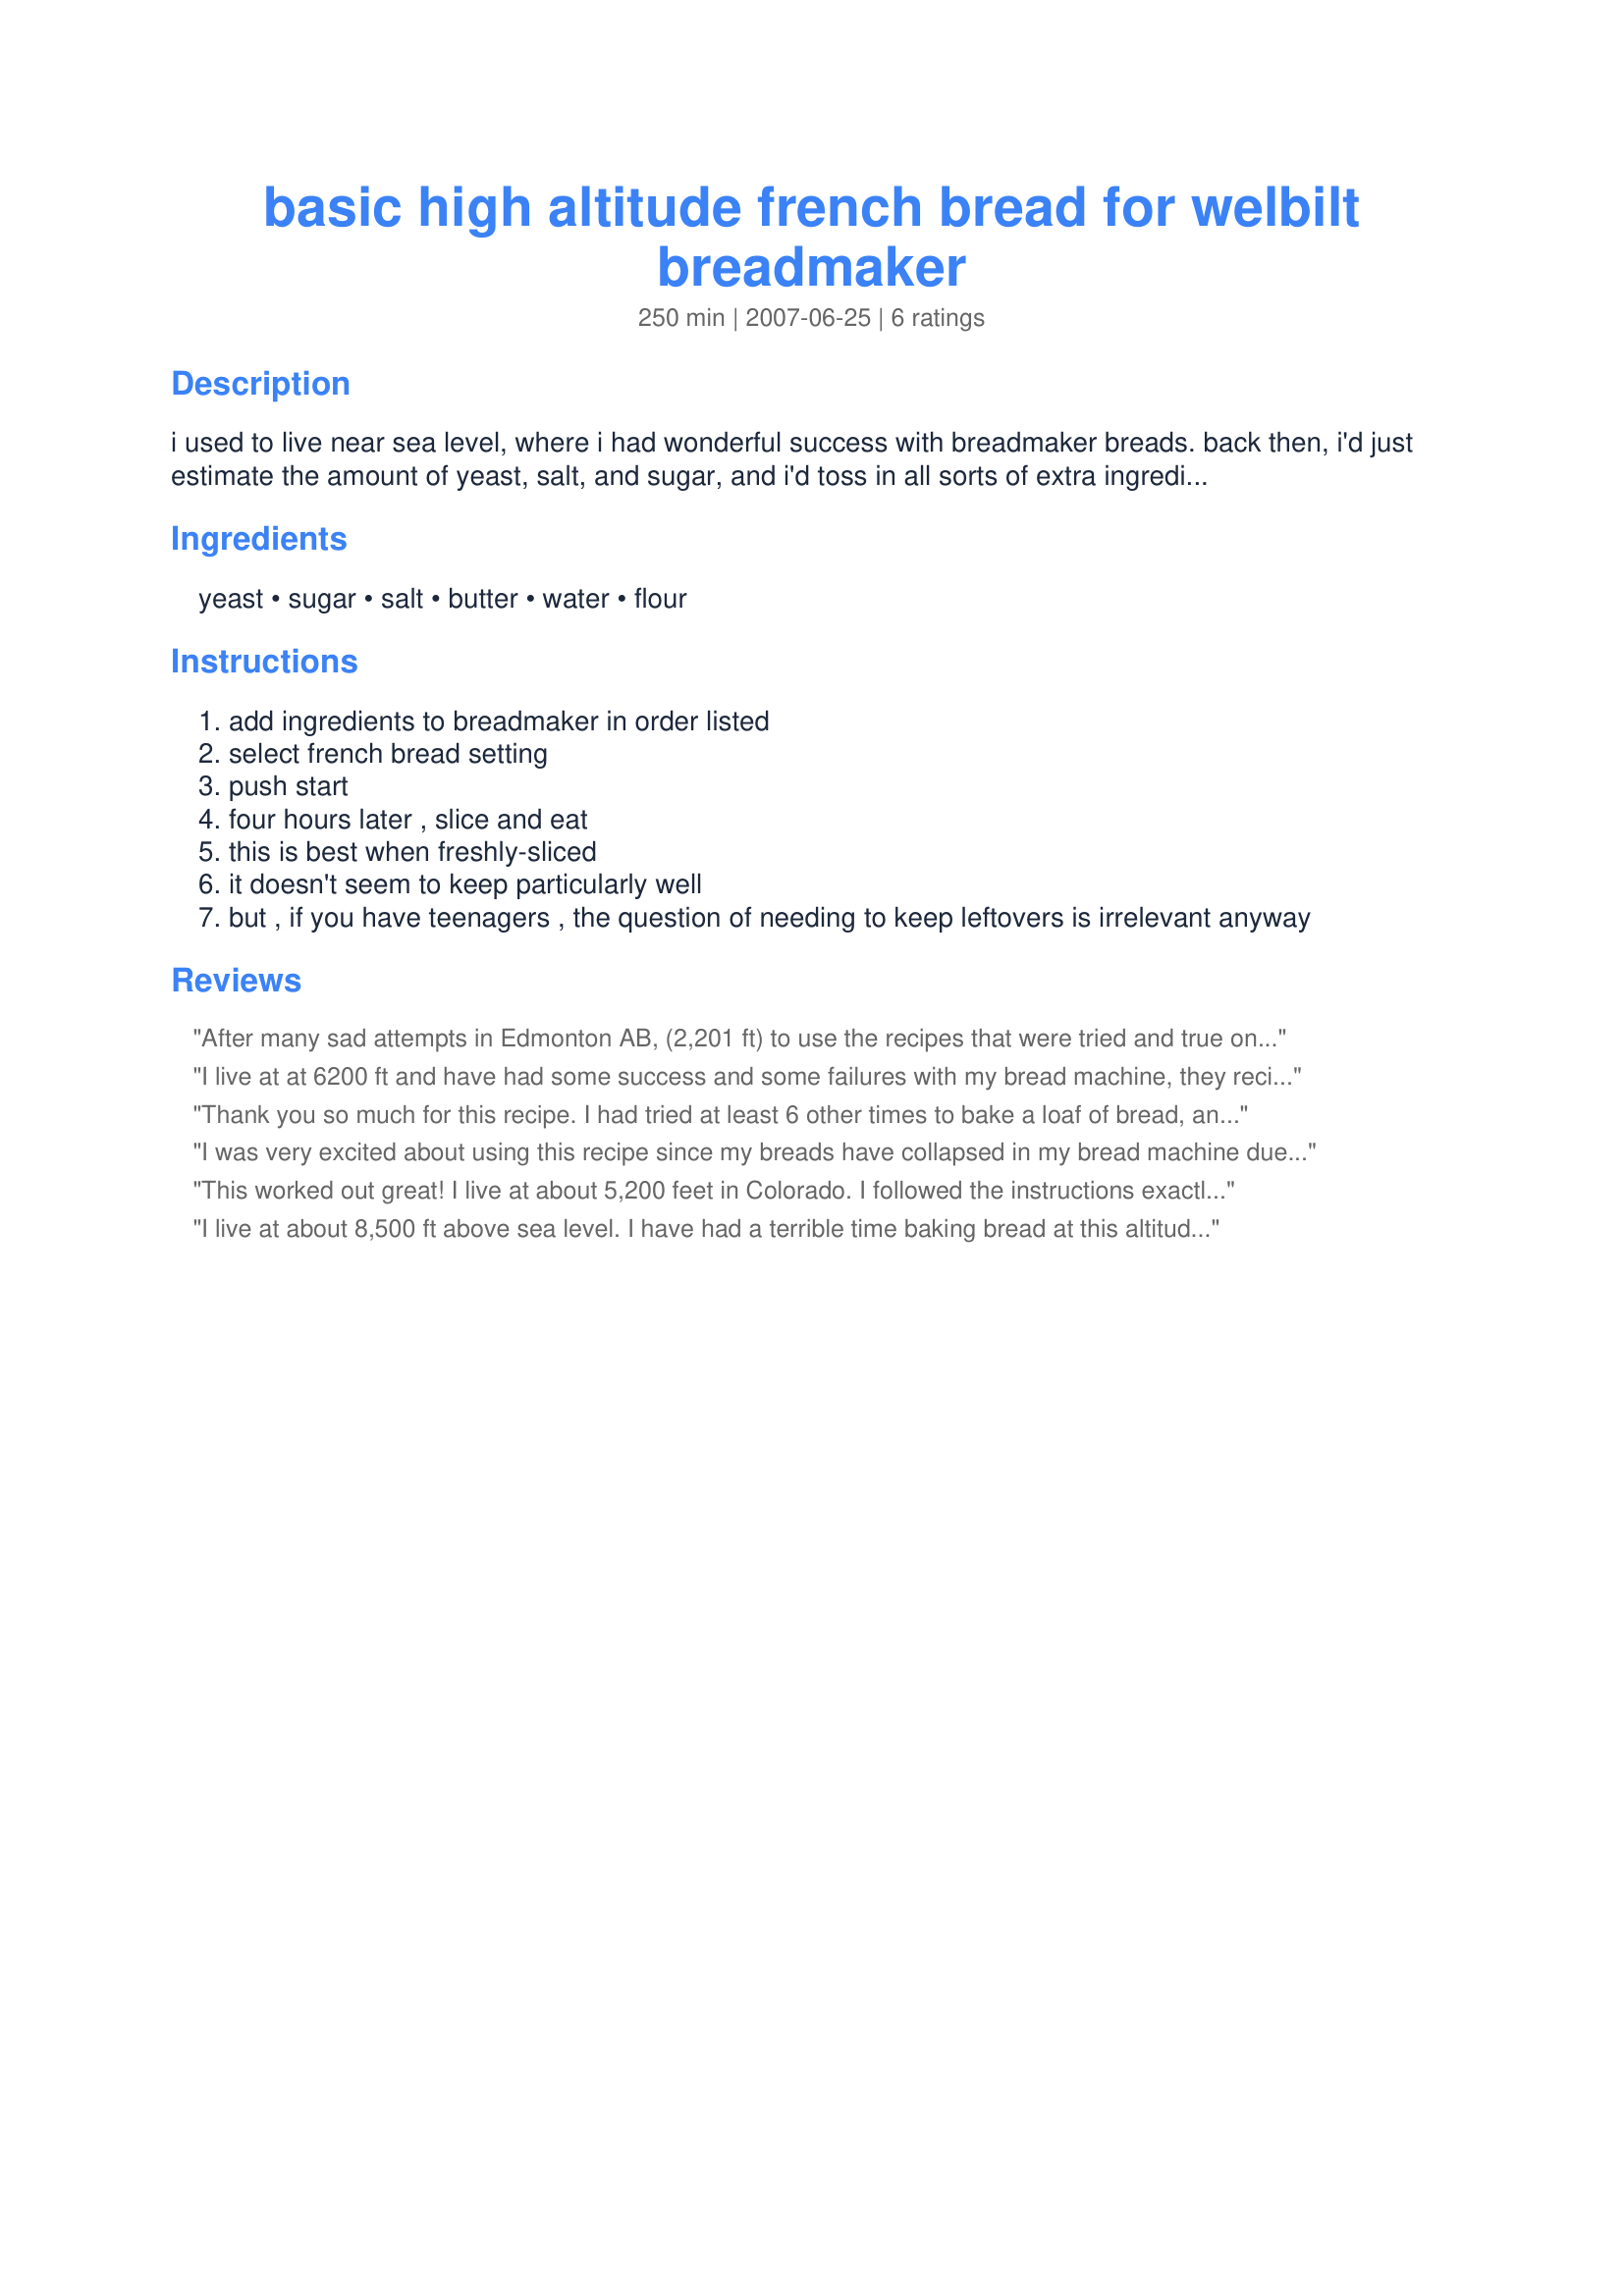
basic high altitude french bread for welbilt breadmaker
Preparation time: 250 minutes

i used to live near sea level, where i had wonderful success with breadmaker breads.
back then, i'd just estimate the amount of yeast, salt, and sugar, and i'd toss in all sorts of extra ingredients. once even a bread made with yellow cake mix and some leftover spinach.

however, after moving to a mile-high altitude, i had to stop casually adding ingredients. in fact, i couldn't even turn out a decent loaf of white bread.

i was about to donate my breadmaker away, when i came across tips for high-altitude baking on the internet. i stayed up late one night reading. then i started experimenting.

my breadmaker is the welbilt model #abm-100. [that's the breadmaker that's shaped like r2d2.]

i played around with ingredient amounts until i found a combination that uses regular flour at high-altitude.

now, i've never tried this at other high altitudes ... maybe what works in my altitude/temperature/humidity will fail dismally in another part of the world. and i don't know what would happen if you choose to use bread flour.

here's the basic french bread that works for me.

but i haven't dared to add spinach to it.

Ingredients:
yeast, sugar, salt, butter, water, flour

Steps:
add ingredients to breadmaker in order listed
select french bread setting
push start
four hours later , slice and eat
this is best when freshly-sliced
it doesn't seem to keep particularly well
but , if you have teenagers , the question of needing to keep leftovers is irrelevant anyway

Reviews:
After many sad attempts in Edmonton AB, (2,201 ft) to use the recipes that were tried and true on the coast, I tried this one. It baked up very nicely and will be my starting point from now on. I started it in my breadmaker for the first two rises, and then let it rise one more time and moved it to the oven at 375 degrees to bake.
I live at at 6200 ft and have had some success and some failures with my bread machine, they recipe turned out well and was tasty.
Thank you so much for this recipe. I had tried at least 6 other times to bake a loaf of bread, and each time my old recipe would just fail. I had a very nice loaf of French Bread with this recipe. My machine didn't bog down, nor did the dough try to push the lid up and out of the way. Sort of reminded me of the Lucille Ball episode when she was baking bread. I have made a copy of this recipe and it is in my bread machine for safe keeping. Thank you again for helping me out with baking bread in Belen, NM at 5,199 feet.
I was very excited about using this recipe since my breads have collapsed in my bread machine due to high altitude (4,600 ft.). This recipe was a disaster. To me, there is too much water to flour, it was a puddle in the machine. I left it finish nonetheless and it not only collapsed, but the taste was terrible. Won't be doing this one again.
This worked out great! I live at about 5,200 feet in Colorado. I followed the instructions exactly and had fresh, delicious bread from my breadmaker in no time! Thank you!!
I live at about 8,500 ft above sea level. I have had a terrible time baking bread at this altitude. This recipe worked great.

I did not use my bread machine, but kneaded it for about 5-10 minutes and then allowed it to rise for 40 the first time, punched it down and let it rise another 20 minutes. Then I shaped it and let it rise another 20 minutes. Then, I baked it at 375 for 20 minutes.

Perfect bread!
